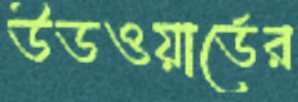
উডওয়ার্ডের